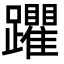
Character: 躣